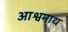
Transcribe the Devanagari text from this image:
आश्वनाथ